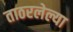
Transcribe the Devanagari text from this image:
ताठरलेल्या